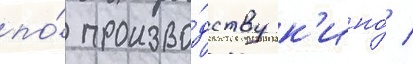
по́ произво́дству к'ино́ /